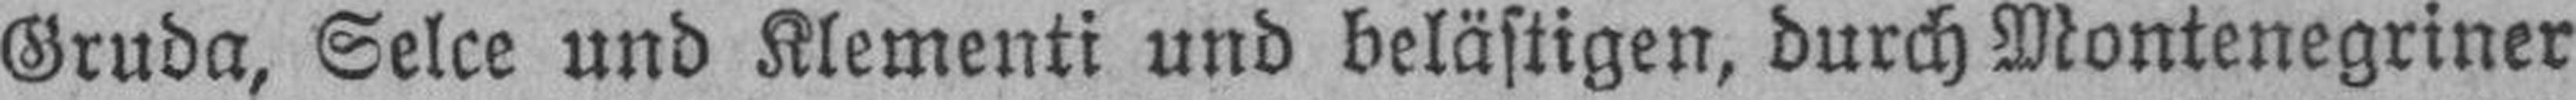
Gruda, Selce und Klementi und belästigen, durch Montenegriner